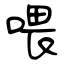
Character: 喂